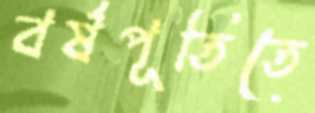
বর্ষপূতিতে